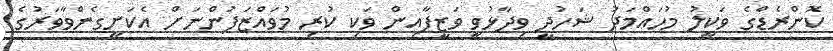
ކޮންރެޑްގެ ވަކީލު މުހައްމަދު ޝަހުދީ ވިދާޅުވީ ވަޒީފާއިން ވަކި ކުރި މުވައްޒަފުންނަށް އެކަށީގެންވާވަރުގެ